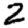
Digit: 2